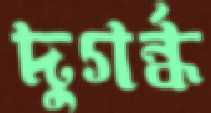
দুগর্ন্ধ